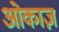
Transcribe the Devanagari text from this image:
ओकाज़